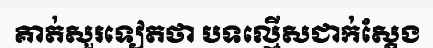
គាត់សួរទៀតថា បទល្មើសជាក់ស្តែង